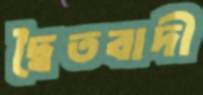
দ্বৈতবাদী